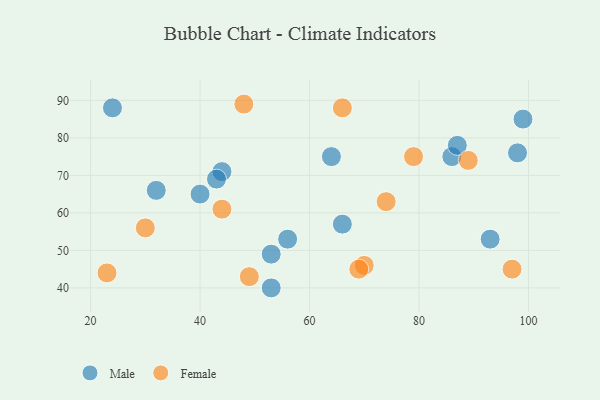
{"axis": {"x": "GDP", "y": "Life Expectancy"}, "legend": ["Female", "Male"], "data": [{"x": "93", "y": 53, "type": "Male"}, {"x": "98", "y": 76, "type": "Male"}, {"x": "99", "y": 85, "type": "Male"}, {"x": "24", "y": 88, "type": "Male"}, {"x": "86", "y": 75, "type": "Male"}, {"x": "53", "y": 49, "type": "Male"}, {"x": "40", "y": 65, "type": "Male"}, {"x": "32", "y": 66, "type": "Male"}, {"x": "56", "y": 53, "type": "Male"}, {"x": "66", "y": 57, "type": "Male"}, {"x": "87", "y": 78, "type": "Male"}, {"x": "53", "y": 40, "type": "Male"}, {"x": "44", "y": 71, "type": "Male"}, {"x": "64", "y": 75, "type": "Male"}, {"x": "43", "y": 69, "type": "Male"}, {"x": "23", "y": 44, "type": "Female"}, {"x": "97", "y": 45, "type": "Female"}, {"x": "89", "y": 74, "type": "Female"}, {"x": "70", "y": 46, "type": "Female"}, {"x": "74", "y": 63, "type": "Female"}, {"x": "49", "y": 43, "type": "Female"}, {"x": "44", "y": 61, "type": "Female"}, {"x": "30", "y": 56, "type": "Female"}, {"x": "48", "y": 89, "type": "Female"}, {"x": "69", "y": 45, "type": "Female"}, {"x": "79", "y": 75, "type": "Female"}, {"x": "66", "y": 88, "type": "Female"}]}